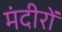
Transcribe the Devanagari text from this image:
मंदीरों